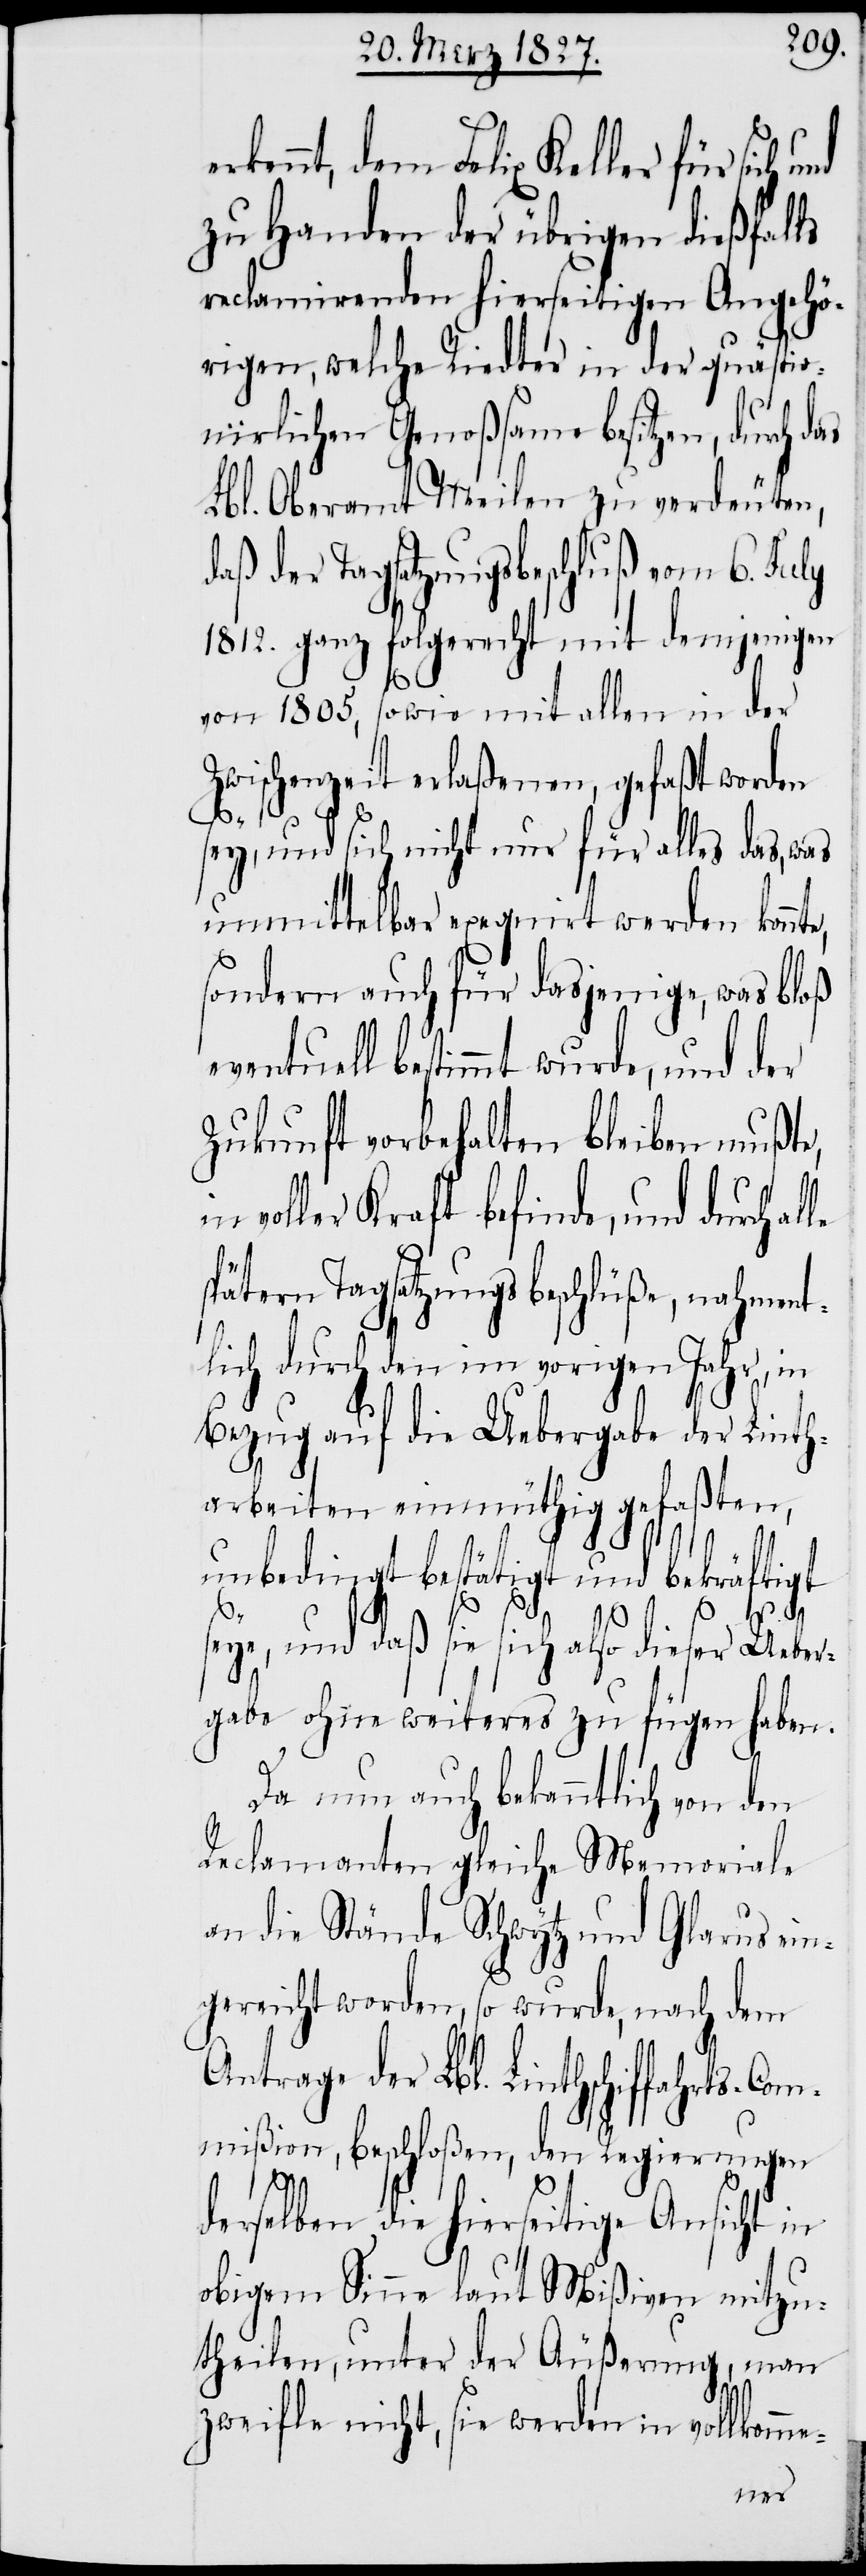
ennt, dem Felix Keller für sich
zu Handen der übrigen dießfalls
reclamirenden hierseitigen Angehö¬
rigen, welche Riedter in der quästio¬
nirlichen Genoßsame besitzen, durch d¬
Lbl. Oberamt Meilen zu verdeuten,
daß der Tagsatzungsbeschluß vom 6. July
1812. ganz folgerecht mit demjenigen
von 1805, sowie mit allen in der
Zwischenzeit erlaßenen, gefaßt worden
sey, und sich nicht nur für alles das, was
sondern auch für dasjenige, was bloß
eventuell bestimmt wurde, und der
Zukunft vorbehalten bleiben mußte,
voller Kraft befinde, und durch al¬
spätern Tagsatzungsbeschlüße, nahment¬
lich durch den im vorigen Jahr, in
le
Bezug auf die Uebergabe der Linth¬
arbeiten einmüthig gefaßten,
unbedingt bestätigt und bekräftigt
seye, und daß sie sich also dieser Ueber¬
gabe ohne weiteres zu fügen haben.
Da nun auch bekanntlich von den
Reclamanten gleiche Memoriale
an die Stände Schwytz und Glarus ein¬
gereicht worden, so wurde, nach dem
Antrage der Lbl. Linthschiffahrts-Com¬
mißion, beschloßen, den Regierungen
derselben die hierseitige Ansicht in
obigem Sinne laut Mißiven mitzu¬
theilen, unter der Äußerung, man
zweifle nicht, sie werden in vollkom¬
me-